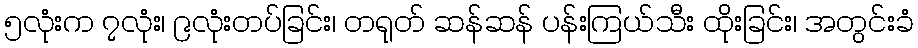
၅လုံးက ၇လုံး၊ ၉လုံးတပ်ခြင်း၊ တရုတ် ဆန်ဆန် ပန်းကြယ်သီး ထိုးခြင်း၊ အတွင်းခံ